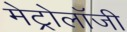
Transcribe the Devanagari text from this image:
मेट्रोलॉजी